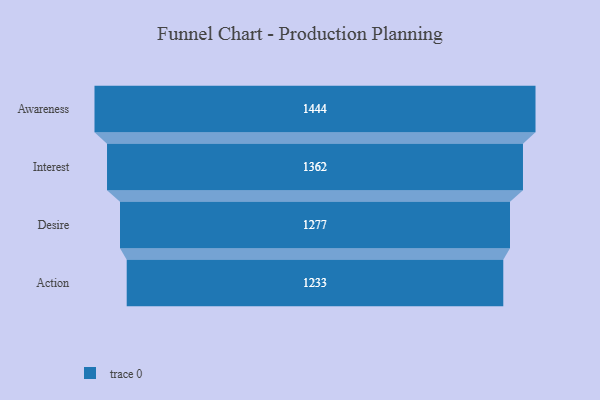
{"axis": {"x": "Stage", "y": "Value"}, "legend": [""], "data": [{"x": "Awareness", "y": 1444.0, "type": ""}, {"x": "Interest", "y": 1362.0, "type": ""}, {"x": "Desire", "y": 1277.0, "type": ""}, {"x": "Action", "y": 1233.0, "type": ""}]}